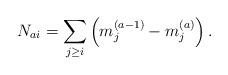
LaTeX: \begin{align*} N_{ai}=\sum_{j\ge i}\left(m^{(a-1)}_j-m^{(a)}_j\right).\end{align*}